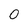
Character: 0